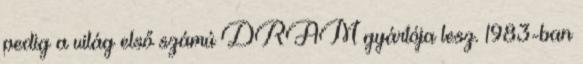
pedig a világ első számú DRAM gyártója lesz. 1983-ban